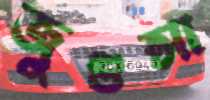
জুগুপ্সা